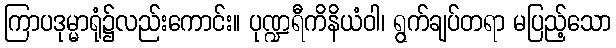
ကြာပဒုမ္မာရုံ၌လည်းကောင်း။ ပုဏ္ဍရီကိနိယံဝါ၊ ရွက်ချပ်တရာ မပြည့်သော